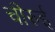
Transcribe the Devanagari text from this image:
चीरुई